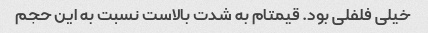
خیلی فلفلی بود. قیمتام به شدت بالاست نسبت به این حجم